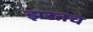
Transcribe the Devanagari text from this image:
झरतच